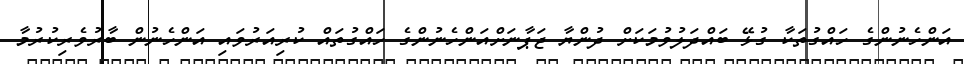
އަންހެނުންގެ ހައްގުތަކާ ގުޅޭ ބައްދަލުވުމަކަށް ދުންޔާ ޖަޕާނަށްއަންހެނުންގެ ހައްގުތައް ކުރިއަރުވައި އަންހެނުން ބާރުވެރިކުރުމާ